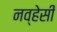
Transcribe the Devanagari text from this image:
नव्हेसी